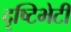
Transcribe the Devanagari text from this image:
दृष्टिभेटी